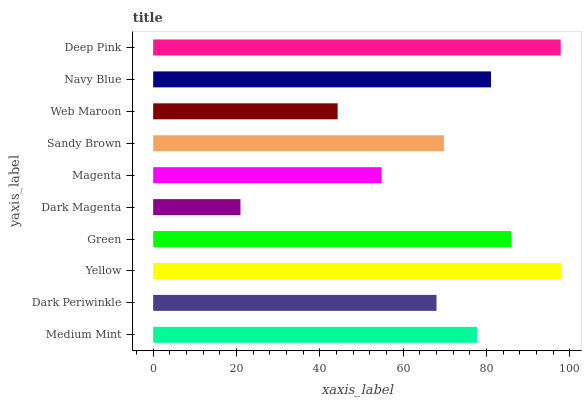
| yaxis_label | bars |
 | --- | --- |
 | Medium Mint | 77.8 |
 | Dark Periwinkle | 68 |
 | Yellow | 97.9 |
 | Green | 86 |
 | Dark Magenta | 21 |
 | Magenta | 54.9 |
 | Sandy Brown | 69.8 |
 | Web Maroon | 44.3 |
 | Navy Blue | 81.1 |
 | Deep Pink | 97.8 |